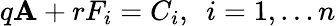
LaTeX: q\mathbf{A}+rF_{i}=C_{i},~~i=1,...n